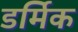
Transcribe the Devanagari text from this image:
डर्मिक